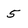
Character: 5